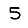
Digit: 5